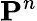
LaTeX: \boldsymbol{\mathbf{P}}^{n}